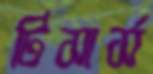
টিসার্স